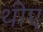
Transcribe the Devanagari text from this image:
थीए